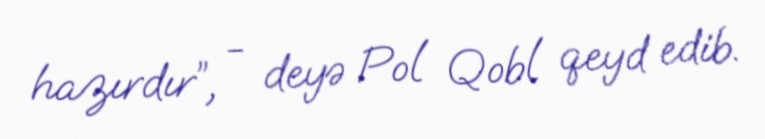
hazırdır”, - deyə Pol Qobl qeyd edib.